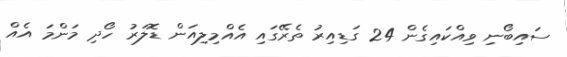
ސައިބޯނި ވިއްކައިގެން 24 ގަޑިއިރު ތެރޭގައި އެއްމިލިއަން ޑޮލަރު ހޯދި މަންމަ އެއް